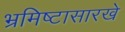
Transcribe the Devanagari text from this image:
भ्रमिष्टासारखे